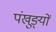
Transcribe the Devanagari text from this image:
पंखुङ्यों